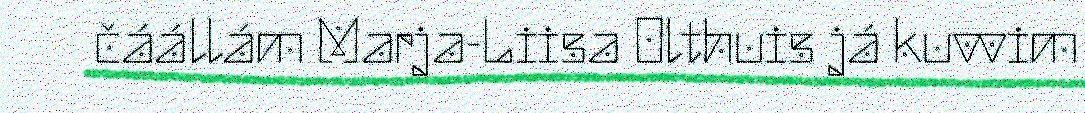
čáállám Marja-Liisa Olthuis já kuvvim